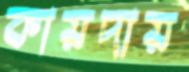
কায়দায়